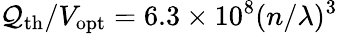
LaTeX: \mathcal{Q}_{\mathrm{{th}}}/V_{\mathrm{{opt}}}=6.3\times10^{8}(n/\lambda)^{3}